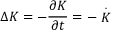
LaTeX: \Delta K = - \frac { \partial K } { \partial t } = - \stackrel { . } { K }